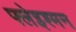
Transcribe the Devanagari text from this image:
फ्लेइश्मन